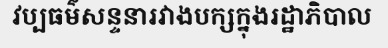
វប្បធម៌សន្ទនារវាងបក្សក្នុងរដ្ឋាភិបាល